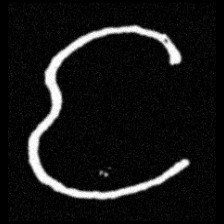
Pyu character \u2014 Myanmar letter: င (romanized: nga)